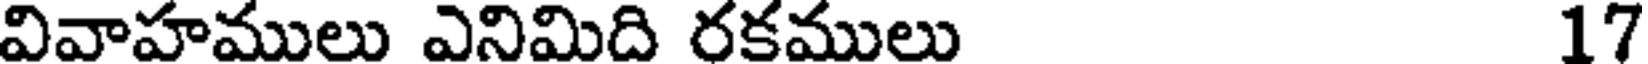
వివాహములు ఎనిమిది రకములు 17